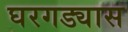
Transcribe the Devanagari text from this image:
घरगड्यास